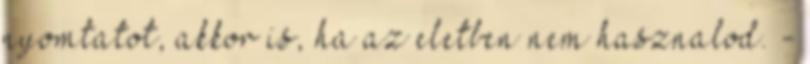
nyomtatot, akkor is, ha az eletben nem hasznalod. -